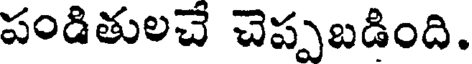
పండితులచే చెప్పబడింది.